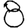
Digit: 8